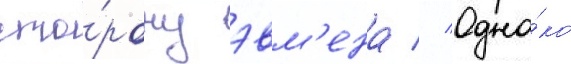
сто́рону эвм'ена // Одна́ко